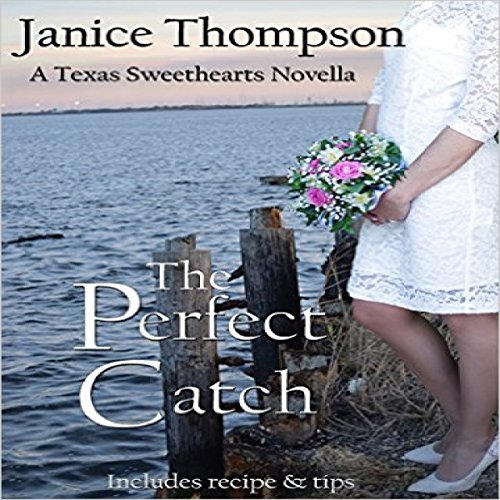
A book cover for The Perfect Catch: A Christian Romance Novella: Texas Sweethearts, Book 2; Janice Thompson; Christian Books & Bibles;